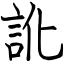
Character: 訛